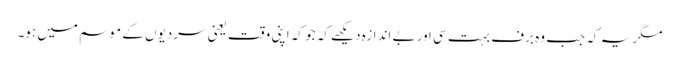
مگر یہ کہ جب وہ برف بہت سی اور بے اندازہ دیکھے کہ جو کہ اپنی وقت یعنی سردیوں کے موسم میں ہو۔